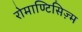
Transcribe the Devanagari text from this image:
रोमाण्टिसिज़्म